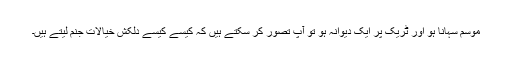
موسم سہانا ہو اور ٹریک پر ایک دیوانہ ہو تو آپ تصور کر سکتے ہیں کہ کیسے کیسے دلکش خیالات جنم لیتے ہیں۔